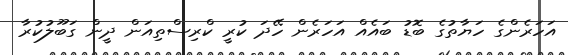
އަހަރެންގެ ހަޔާތުގެ ބޮޑު ބައެއް އަހަރެން ހޭދަ ކުރީ ކްރިސްތިއަން ދީން ގަބޫލުކުރާ